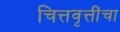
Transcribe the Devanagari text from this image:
चित्तवृत्तींचा